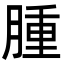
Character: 腫